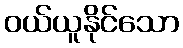
ဝယ်ယူနိုင်သော